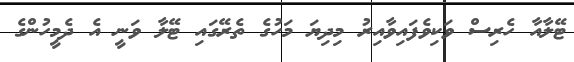
ޓޭލާއާ ހެރިސް ވަކިވެފައިވާއިރު މިދިޔަ މަހުގެ ތެރޭގައި ޓޭލާ ވަނީ އެ ދެމީހުންގެ